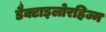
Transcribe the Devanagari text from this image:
डैक्टाइलोरहिज्म